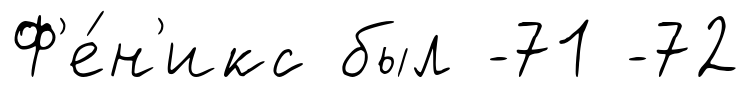
Ф'е́н'икс был -71 -72